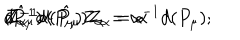
LaTeX: Z _ { \alpha } ^ { - 1 } d ( P _ { \mu } ) Z _ { \alpha } = \alpha ^ { - 1 } d ( P _ { \mu } ) ; \hspace { . 3 c m } Z _ { \alpha } ^ { - 1 } d ( \hat { P } _ { \mu } ) Z _ { \alpha } = \alpha \hspace { . 1 c m } d \hspace { . 1 c m } ( \hat { P } _ { \mu } )